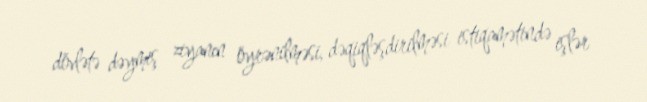
dövlətə dəymiş ziyanın öyrənilməsi, dəqiqləşdirilməsi istiqamətində işlər